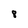
Character: 8